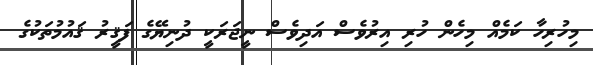
މިހުރިހާ ކަމެއް މިހެން ހުރި އިރުވެސް އަދިވެސް ނީޖަރަކީ ދުނިޔޭގެ ފަޤީރު ޤައުމުތަކުގެ